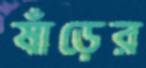
ষাঁড়ের